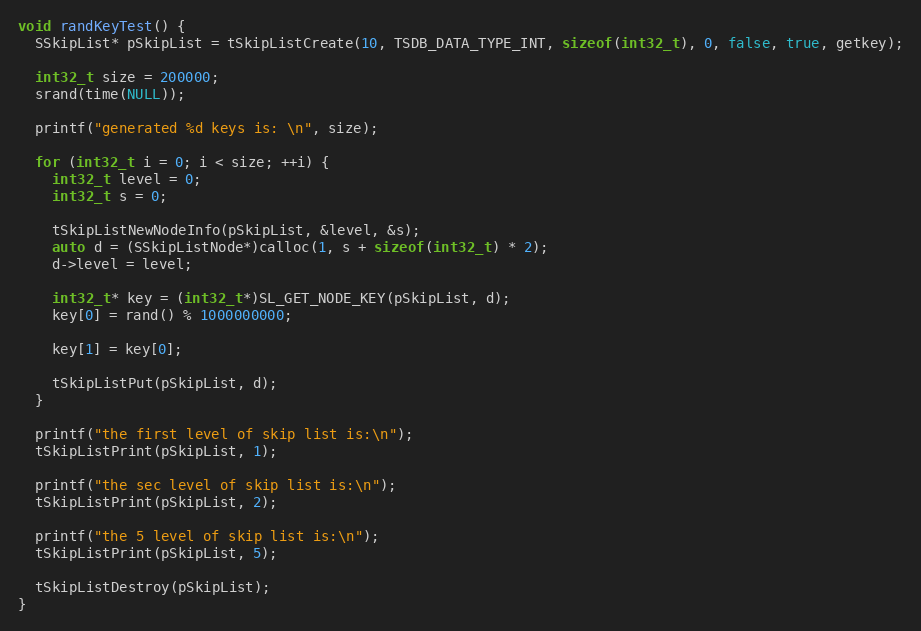
Language: C++
void randKeyTest() {
  SSkipList* pSkipList = tSkipListCreate(10, TSDB_DATA_TYPE_INT, sizeof(int32_t), 0, false, true, getkey);

  int32_t size = 200000;
  srand(time(NULL));

  printf("generated %d keys is: \n", size);

  for (int32_t i = 0; i < size; ++i) {
    int32_t level = 0;
    int32_t s = 0;

    tSkipListNewNodeInfo(pSkipList, &level, &s);
    auto d = (SSkipListNode*)calloc(1, s + sizeof(int32_t) * 2);
    d->level = level;

    int32_t* key = (int32_t*)SL_GET_NODE_KEY(pSkipList, d);
    key[0] = rand() % 1000000000;

    key[1] = key[0];

    tSkipListPut(pSkipList, d);
  }

  printf("the first level of skip list is:\n");
  tSkipListPrint(pSkipList, 1);

  printf("the sec level of skip list is:\n");
  tSkipListPrint(pSkipList, 2);

  printf("the 5 level of skip list is:\n");
  tSkipListPrint(pSkipList, 5);

  tSkipListDestroy(pSkipList);
}